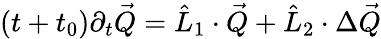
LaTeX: \begin{array}{r}{(t+t_{0})\partial_{t}\vec{Q}=\hat{L}_{1}\cdot\vec{Q}+\hat{L}_{2}\cdot\Delta\vec{Q}}\end{array}